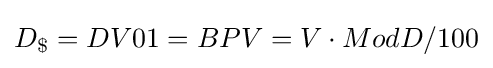
D_{\$}=DV01=BPV=V\cdot ModD/100